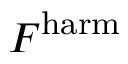
F ^ { \mathrm { h a r m } }